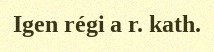
Igen régi a r. kath.